Vaccination in Bombay 1869-1873 - 1869-1873
Year: 1869
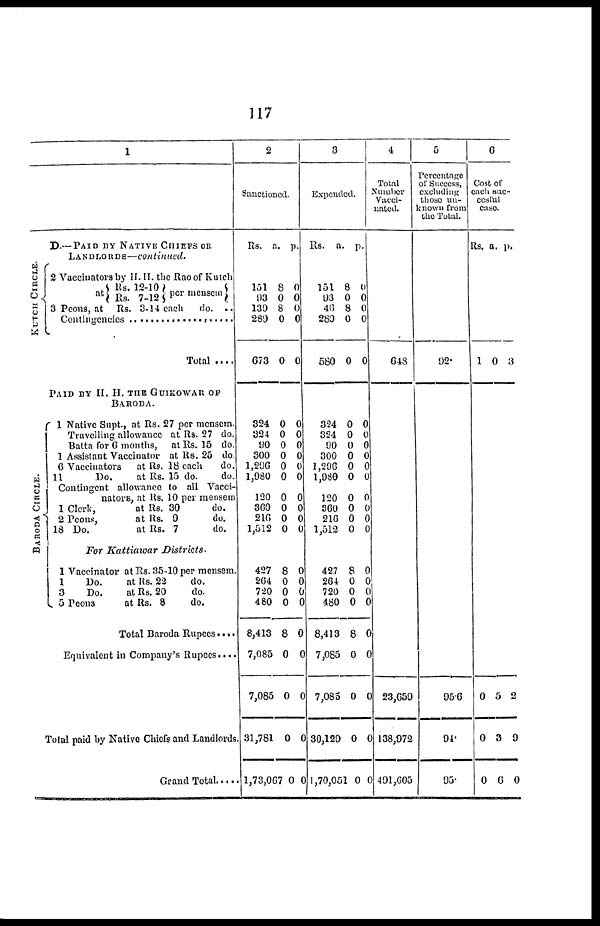
117
1
KUTCH CIRCLE.
BARODA CIRCLE.
D.— PAID BY NATIVE CHIEFS OR
LANDLORDS—continued.
2 Vaccinators by H. H. the Rao of Kutch
at Rs. 12-10
Rs. 7-12 per mensem
3 Peons, at Rs. 3-14 each
do. ..
Contingencies
..........................
Total ....
PAID BY H. H. THE GUIKOWAR OF
BARODA.
1 Native Supt., at Rs. 27 per mensem.
Travelling allowance, at Rs. 27 do.
Batta for 6 months, at Rs. 15 do.
1 Assistant Vaccinator at Rs. 25 do.
6 Vaccinators
at Rs. 18 each
do.
11
Do.
at Rs. 15 do.
do.
Contingent allowance to all Vacci¬
nators, at Rs. 10 per mensem
1 Clerk,
at Rs. 30
do.
2 Peons,
at Rs. 9
do.
18 Do.
at Rs. 7
do.
For Kattiawar
Districts.
1 Vaccinator at Rs. 35-10 per mensem.
1
Do.
at Rs. 22
do.
3
Do.
at Rs. 20
do.
5 Peons
at Rs. 8
do.
Total Baroda Rupees....
Equivalent in Company's Rupees ....
Total paid by Native Chiefs and Landlords
Grand Total ....
2
Sanctioned.
Rs. a. p.
151
93
139
289
673
8
0
8
0
0
0
0
0
0
0
324
324
90
300
1,296
1,980
120
360
216
1,512
0
0
0
0
0
0
0
0
0
0
0
0
0
0
0
0
0
0
0
0
427
264
720
480
8,413
7,085
7,085
31,781
1,73,067
8
0
0
0
8
0
0
0
0
0
0
0
0
0
0
0
0
0
3
Expended.
Rs. a. p.
151
93
46
289
580
8
0
8
0
0
0
0
0
0
0
324
324
90
300
1,296
1,980
120
360
216
1,512
0
0
0
0
0
0
0
0
0
0
0
0
0
0
0
0
0
0
0
0
427
264
720
480
8,413
7,085
7,085
30,129
1,70,051
8
0
0
0
8
0
0
0
0
0
0
0
0
0
0
0
0
0
4
Total
Number
Vacci-
nated.
648
23,659
138,072
491,605
5
Percentage
of Success,
excluding
those un-
known from
the Total.
92.
95.6
94.
95.
6
Cost of
each suc¬
ccsful
case.
Rs. a. p.
1 0 3
0
0
0
5
3
6
2
9
0